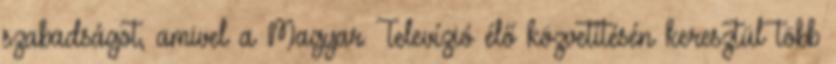
szabadságot, amivel a Magyar Televízió élő közvetítésén keresztül több